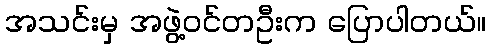
အသင်းမှ အဖွဲ့ဝင်တဦးက ပြောပါတယ်။